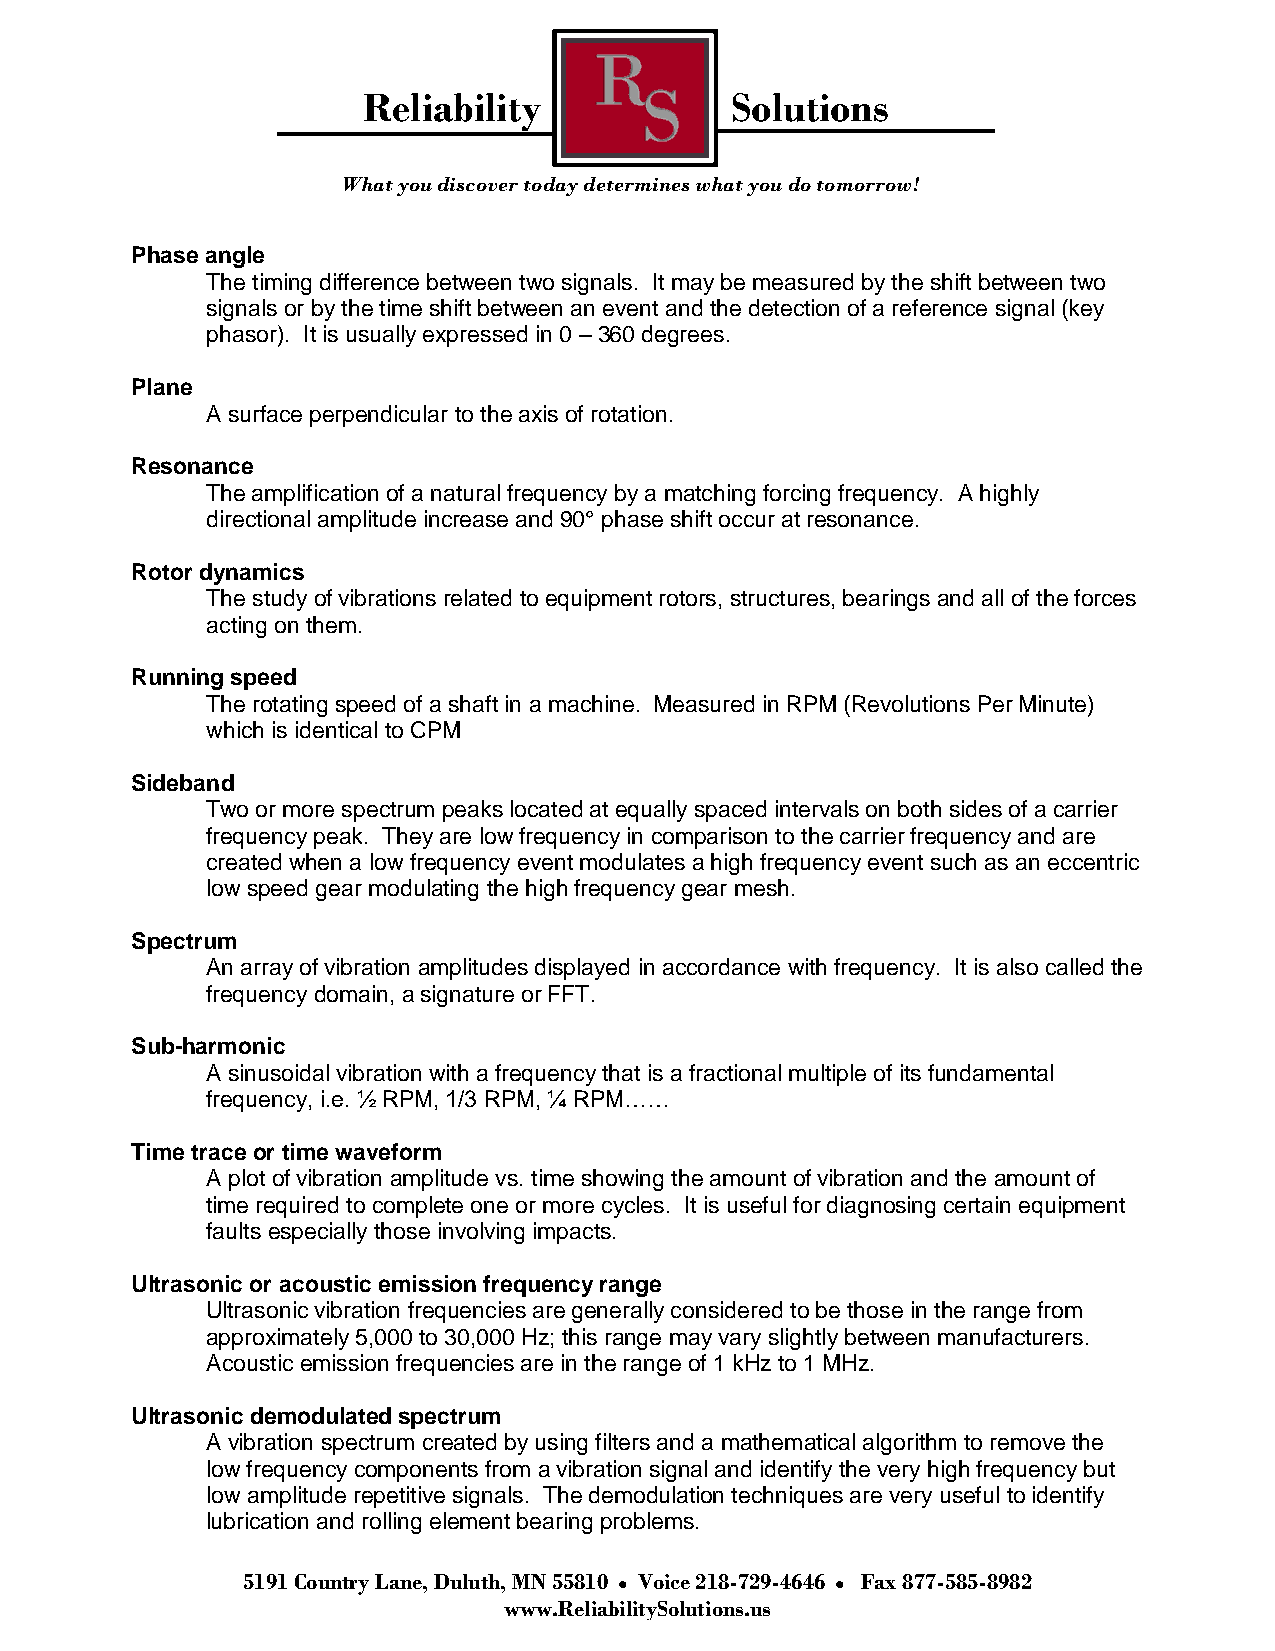
Reliability             Solutions
 What you discover today determines what you do tomorrow!
 Phase angle
 The timing difference between two signals. It may be measured by the shift between two
 signals or by the time shift between an event and the detection of a reference signal (key
 phasor). It is usually expressed in 0 – 360 degrees.
 Plane
 A surface perpendicular to the axis of rotation.
 Resonance
 The amplification of a natural frequency by a matching forcing frequency. A highly
 directional amplitude increase and 90° phase shift occur at resonance.
 Rotor dynamics
 The study of vibrations related to equipment rotors, structures, bearings and all of the forces
 acting on them.
 Running speed
 The rotating speed of a shaft in a machine. Measured in RPM (Revolutions Per Minute)
 which is identical to CPM
 Sideband
 Two or more spectrum peaks located at equally spaced intervals on both sides of a carrier
 frequency peak. They are low frequency in comparison to the carrier frequency and are
 created when a low frequency event modulates a high frequency event such as an eccentric
 low speed gear modulating the high frequency gear mesh.
 Spectrum
 An array of vibration amplitudes displayed in accordance with frequency. It is also called the
 frequency domain, a signature or FFT.
 Sub-harmonic
 A sinusoidal vibration with a frequency that is a fractional multiple of its fundamental
 frequency, i.e. ½ RPM, 1/3 RPM, ¼ RPM……
 Time trace or time waveform
 A plot of vibration amplitude vs. time showing the amount of vibration and the amount of
 time required to complete one or more cycles. It is useful for diagnosing certain equipment
 faults especially those involving impacts.
 Ultrasonic or acoustic emission frequency range
 Ultrasonic vibration frequencies are generally considered to be those in the range from
 approximately 5,000 to 30,000 Hz; this range may vary slightly between manufacturers.
 Acoustic emission frequencies are in the range of 1 kHz to 1 MHz.
 Ultrasonic demodulated spectrum
 A vibration spectrum created by using filters and a mathematical algorithm to remove the
 low frequency components from a vibration signal and identify the very high frequency but
 low amplitude repetitive signals. The demodulation techniques are very useful to identify
 lubrication and rolling element bearing problems.
 5191 Country Lane, Duluth, MN 55810 Voice 218-729-4646 Fax 877-585-8982
 www.ReliabilitySolutions.us